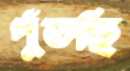
পুঁতছি